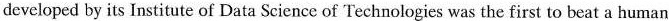
developed by its Institute of Data Science of Technologies was the first to beat a human